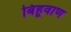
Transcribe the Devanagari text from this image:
बिहूवाण